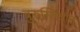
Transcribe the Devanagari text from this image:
बुरुन्डियान